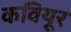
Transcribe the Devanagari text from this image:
कवियूर